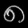
Digit: ၈